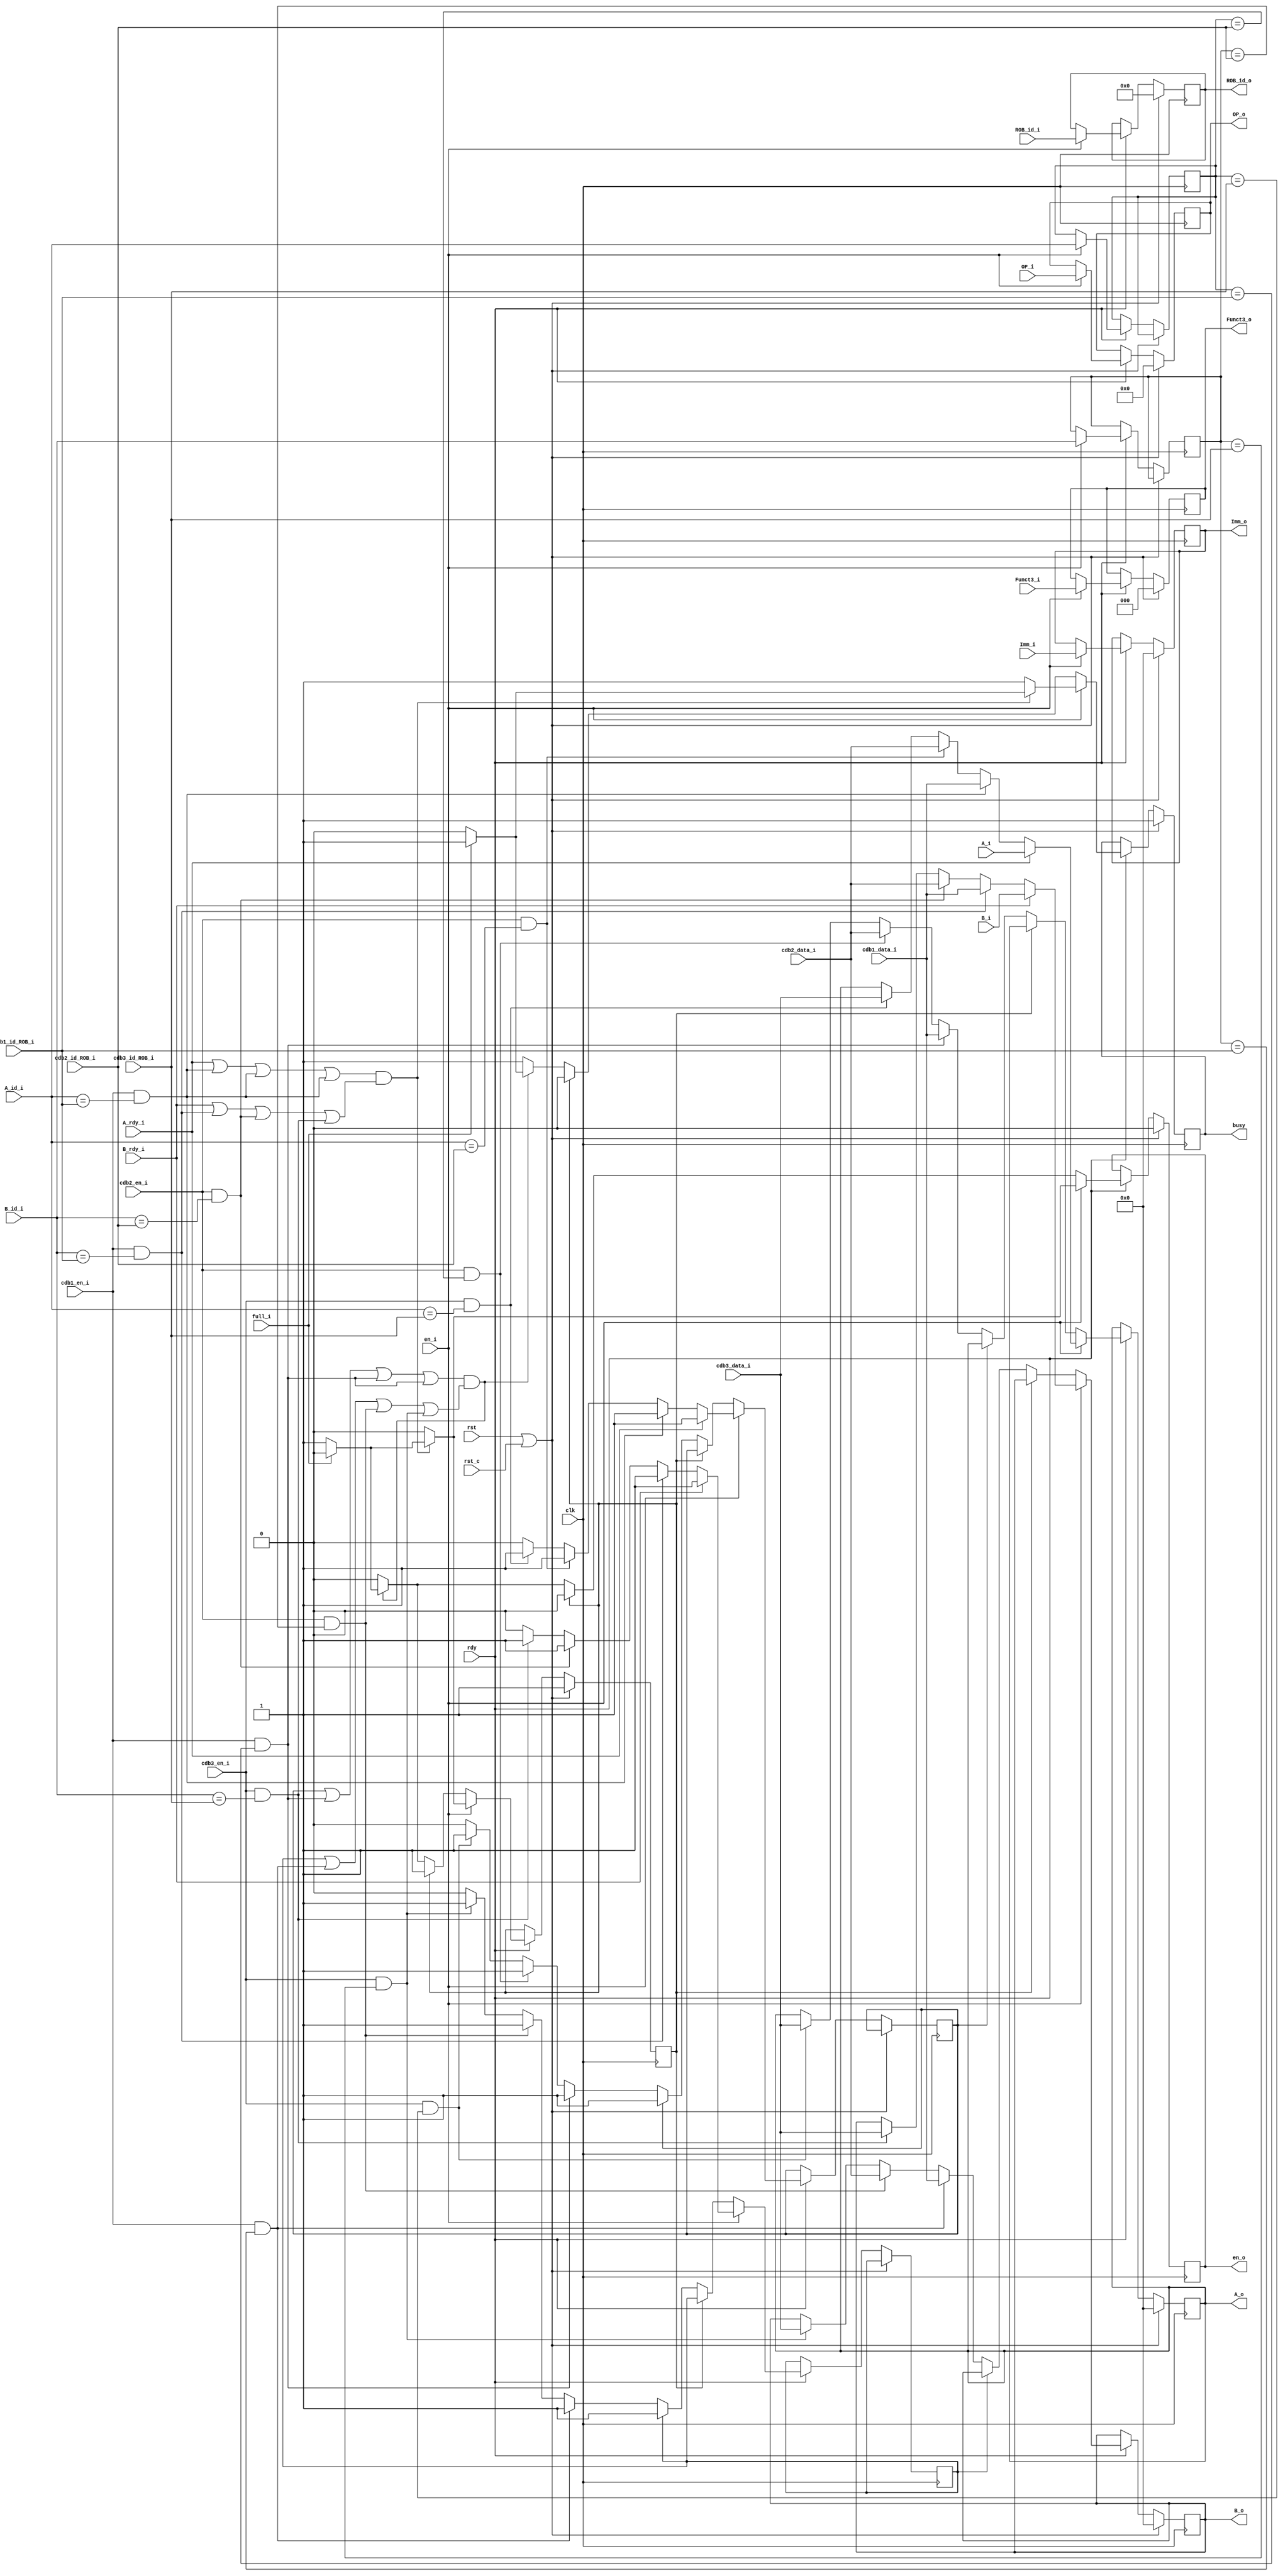
module RS_SL(
    input wire clk,
    input wire rst,
    input wire rst_c,
    input wire rdy,
    
    input wire en_i,
    input wire[31:0] A_i,
    input wire[31:0] B_i,
    input wire A_rdy_i,
    input wire B_rdy_i,
    input wire[4:0] A_id_i,
    input wire[4:0] B_id_i,
    input wire[31:0] Imm_i,
    input wire[6:0] OP_i,
    input wire[2:0] Funct3_i,
    input wire[4:0] ROB_id_i,
    output reg busy,
    
    //to cdb
    input wire cdb1_en_i,
    input wire[4:0] cdb1_id_ROB_i,
    input wire[31:0] cdb1_data_i,

    input wire cdb2_en_i,
    input wire[4:0] cdb2_id_ROB_i,
    input wire[31:0] cdb2_data_i,

    input wire cdb3_en_i,
    input wire[4:0] cdb3_id_ROB_i,
    input wire[31:0] cdb3_data_i,

    input wire full_i,
    output reg[31:0] A_o,
    output reg[31:0] B_o,
    output reg[31:0] Imm_o,
    output reg[6:0] OP_o,
    output reg[2:0] Funct3_o,
    output reg[4:0] ROB_id_o,
    output reg en_o
);

reg A_rdy, B_rdy;
reg[4:0] A_id, B_id;
reg empty;

always @ (posedge clk) begin
    if (rst || rst_c) begin
        empty <= 1'b1;
        en_o <= 1'b0;
        busy <= 1'b1;
        A_o <= 32'b0;
        B_o <= 32'b0;
        Imm_o <= 32'b0;
        OP_o <= 32'b0;
        Funct3_o <= 3'b0;
        ROB_id_o <= 5'b0;
    end
    else if (rdy) begin
        if (en_i) begin
            A_id <= A_id_i;
            B_id <= B_id_i;
            if (A_rdy_i) begin
                A_o <= A_i;
                A_rdy <= 1'b1;
            end
            else if (cdb1_en_i && A_id_i == cdb1_id_ROB_i) begin
                A_o <= cdb1_data_i;
                A_rdy <= 1'b1;
            end
            else if (cdb2_en_i && A_id_i == cdb2_id_ROB_i) begin
                A_o <= cdb2_data_i;
                A_rdy <= 1'b1;
            end
            else if (cdb3_en_i && A_id_i == cdb3_id_ROB_i) begin
                A_o <= cdb3_data_i;
                A_rdy <= 1'b1;
            end
            else begin
                A_rdy <= 1'b0;
            end
            if (B_rdy_i) begin
                B_o <= B_i;
                B_rdy <= 1'b1;
            end
            else if (cdb1_en_i && B_id_i == cdb1_id_ROB_i) begin
                B_o <= cdb1_data_i;
                B_rdy <= 1'b1;
            end
            else if (cdb2_en_i && B_id_i == cdb2_id_ROB_i) begin
                B_o <= cdb2_data_i;
                B_rdy <= 1'b1;
            end
            else if (cdb3_en_i && B_id_i == cdb3_id_ROB_i) begin
                B_o <= cdb3_data_i;
                B_rdy <= 1'b1;
            end
            else begin
                B_rdy <= 1'b0;
            end
            if ((A_rdy_i || 
                cdb1_en_i && A_id_i == cdb1_id_ROB_i || 
                cdb1_en_i && A_id_i == cdb1_id_ROB_i || 
                cdb1_en_i && A_id_i == cdb1_id_ROB_i) && 
                (B_rdy_i ||
                cdb1_en_i && B_id_i == cdb1_id_ROB_i ||
                cdb2_en_i && B_id_i == cdb2_id_ROB_i ||
                cdb3_en_i && B_id_i == cdb3_id_ROB_i)) begin
                if (full_i) begin
                    empty <= 1'b0;
                    busy <= 1'b1;
                    en_o <= 1'b0;
                end
                else begin
                    empty <= 1'b1;
                    busy <= 1'b0;
                    en_o <= 1'b1;
                end
            end
            else begin
                empty <= 1'b0;
                busy <= 1'b1;
                en_o <= 1'b0;
            end
            Imm_o <= Imm_i;
            OP_o <= OP_i;
            Funct3_o <= Funct3_i;
            ROB_id_o <= ROB_id_i;
        end
        else begin
            if (empty) begin
                empty <= 1'b1;
                busy <= 1'b0;
                en_o <= 1'b0;
            end
            else begin
                if (A_rdy) begin
                    A_rdy <= 1'b1;
                end
                else if (cdb1_en_i && A_id == cdb1_id_ROB_i) begin
                    A_o <= cdb1_data_i;
                    A_rdy <= 1'b1;
                end
                else if (cdb2_en_i && A_id == cdb2_id_ROB_i) begin
                    A_o <= cdb2_data_i;
                    A_rdy <= 1'b1;
                end
                else if (cdb3_en_i && A_id == cdb3_id_ROB_i) begin
                    A_o <= cdb3_data_i;
                    A_rdy <= 1'b1;
                end

                if (B_rdy) begin
                    B_rdy <= 1'b1;
                end
                else if (cdb1_en_i && B_id == cdb1_id_ROB_i) begin
                    B_o <= cdb1_data_i;
                    B_rdy <= 1'b1;
                end
                else if (cdb2_en_i && B_id == cdb2_id_ROB_i) begin
                    B_o <= cdb2_data_i;
                    B_rdy <= 1'b1;
                end
                else if (cdb3_en_i && B_id == cdb3_id_ROB_i) begin
                    B_o <= cdb3_data_i;
                    B_rdy <= 1'b1;
                end

                if ((A_rdy || 
                    cdb1_en_i && A_id == cdb1_id_ROB_i || 
                    cdb1_en_i && A_id == cdb1_id_ROB_i || 
                    cdb1_en_i && A_id == cdb1_id_ROB_i) && 
                    (B_rdy ||
                    cdb1_en_i && B_id == cdb1_id_ROB_i ||
                    cdb2_en_i && B_id == cdb2_id_ROB_i ||
                    cdb3_en_i && B_id == cdb3_id_ROB_i)) begin
                    if (full_i) begin
                        empty <= 1'b0;
                        busy <= 1'b1;
                        en_o <= 1'b0;
                    end
                    else begin
                        empty <= 1'b1;
                        busy <= 1'b0;
                        en_o <= 1'b1;
                    end
                end
                else begin
                    empty <= 1'b0;
                    busy <= 1'b1;
                    en_o <= 1'b0;
                end
            end
        end
    end
end

endmodule // RS